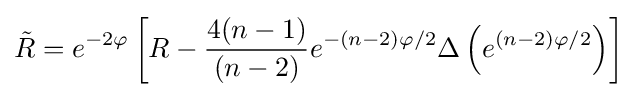
{\tilde {R}}=e^{-2\varphi }\left[R-{\frac {4(n-1)}{(n-2)}}e^{-(n-2)\varphi /2}\Delta \left(e^{(n-2)\varphi /2}\right)\right]